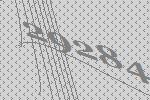
29284